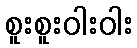
စူးစူးဝါးဝါး